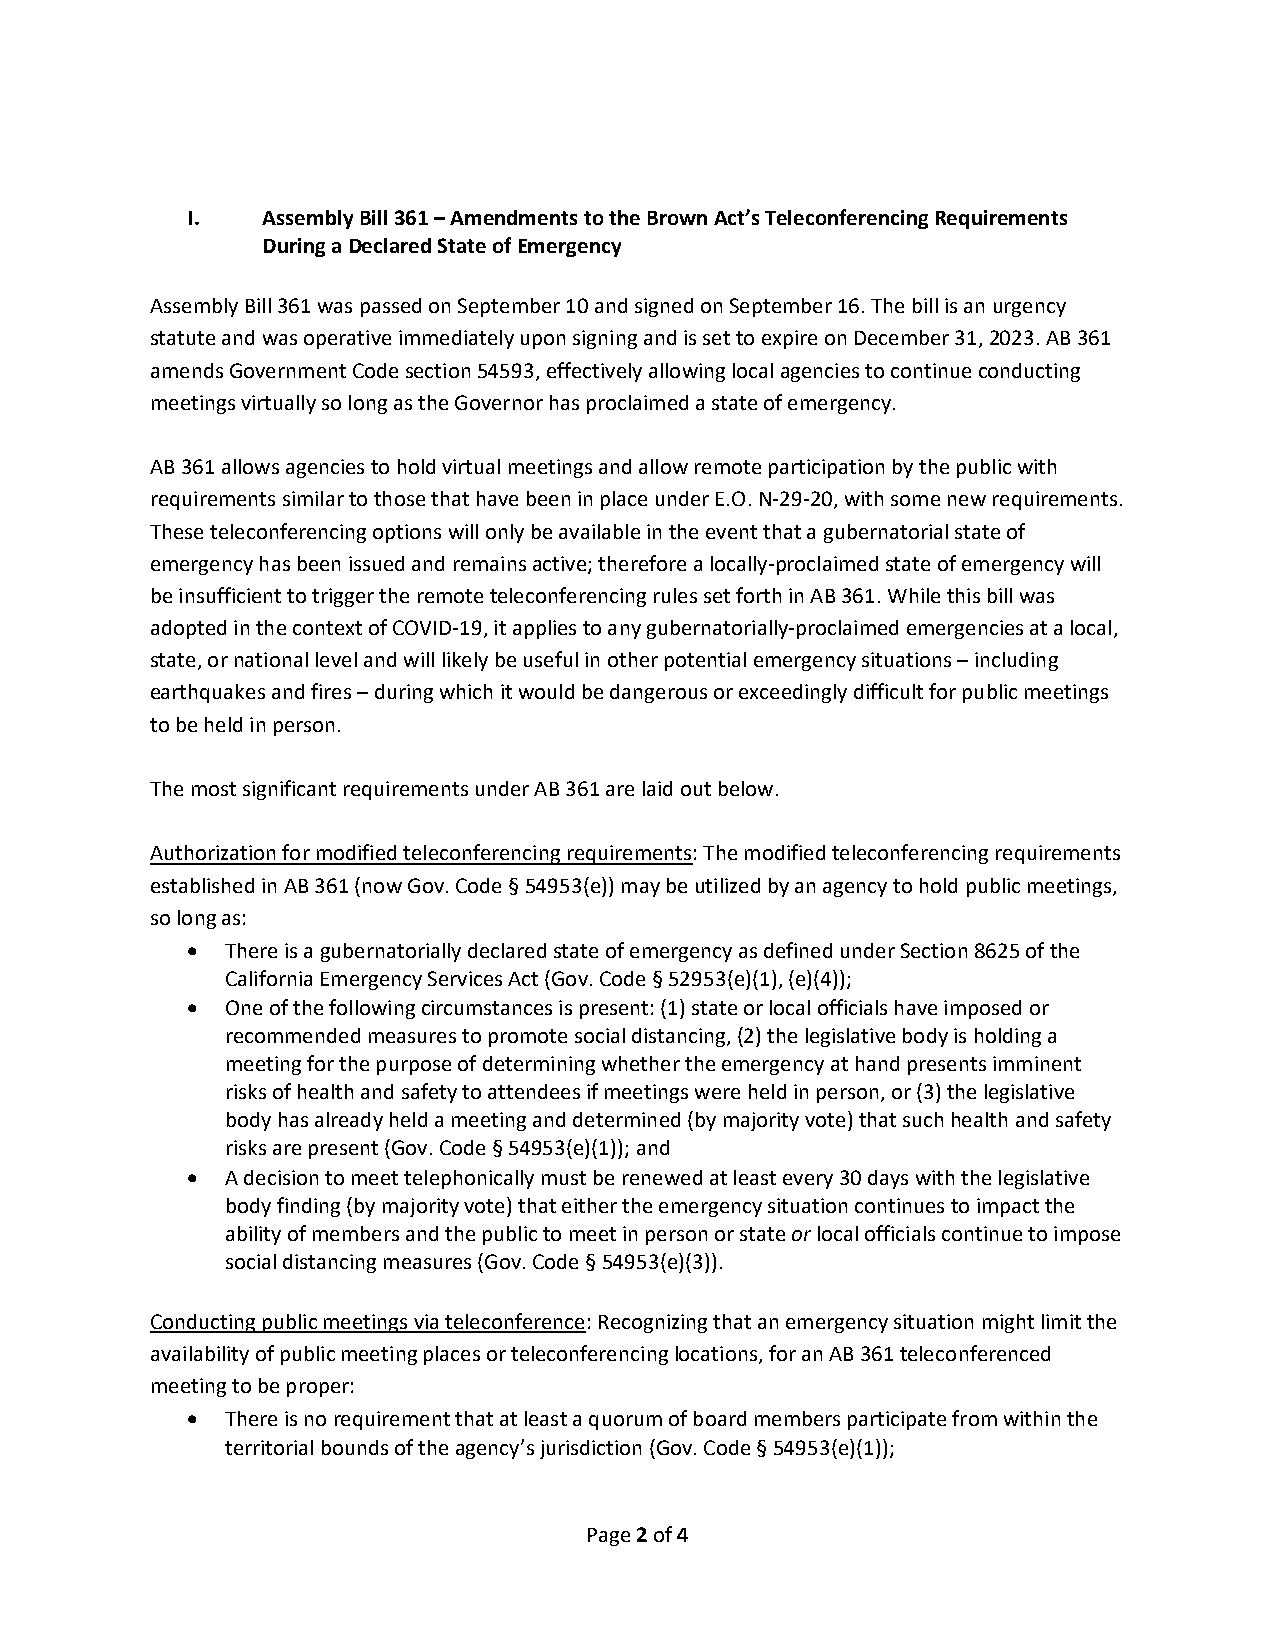
I.   Assembly Bill 361 – Amendments to the Brown Act’s Teleconferencing Requirements
 During a Declared State of Emergency
 Assembly Bill 361 was passed on September 10 and signed on September 16. The bill is an urgency
 statute and was operative immediately upon signing and is set to expire on December 31, 2023. AB 361
 amends Government Code section 54593, effectively allowing local agencies to continue conducting
 meetings virtually so long as the Governor has proclaimed a state of emergency.
 AB 361 allows agencies to hold virtual meetings and allow remote participation by the public with
 requirements similar to those that have been in place under E.O. N‐29‐20, with some new requirements.
 These teleconferencing options will only be available in the event that a gubernatorial state of
 emergency has been issued and remains active; therefore a locally‐proclaimed state of emergency will
 be insufficient to trigger the remote teleconferencing rules set forth in AB 361. While this bill was
 adopted in the context of COVID‐19, it applies to any gubernatorially‐proclaimed emergencies at a local,
 state, or national level and will likely be useful in other potential emergency situations – including
 earthquakes and fires – during which it would be dangerous or exceedingly difficult for public meetings
 to be held in person.
 The most significant requirements under AB 361 are laid out below.
 Authorization for modified teleconferencing requirements: The modified teleconferencing requirements
 established in AB 361 (now Gov. Code § 54953(e)) may be utilized by an agency to hold public meetings,
 so long as:
   There is a gubernatorially declared state of emergency as defined under Section 8625 of the
 California Emergency Services Act (Gov. Code § 52953(e)(1), (e)(4));
   One of the following circumstances is present: (1) state or local officials have imposed or
 recommended measures to promote social distancing, (2) the legislative body is holding a
 meeting for the purpose of determining whether the emergency at hand presents imminent
 risks of health and safety to attendees if meetings were held in person, or (3) the legislative
 body has already held a meeting and determined (by majority vote) that such health and safety
 risks are present (Gov. Code § 54953(e)(1)); and
   A decision to meet telephonically must be renewed at least every 30 days with the legislative
 body finding (by majority vote) that either the emergency situation continues to impact the
 ability of members and the public to meet in person or state or local officials continue to impose
 social distancing measures (Gov. Code § 54953(e)(3)).
 Conducting public meetings via teleconference: Recognizing that an emergency situation might limit the
 availability of public meeting places or teleconferencing locations, for an AB 361 teleconferenced
 meeting to be proper:
   There is no requirement that at least a quorum of board members participate from within the
 territorial bounds of the agency’s jurisdiction (Gov. Code § 54953(e)(1));
 Page 2 of 4